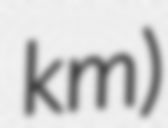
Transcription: km)